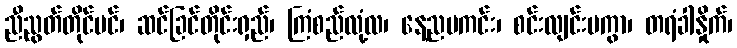
ညီညွတ်တိုင်ပင်၊ ဆင်ခြင်တိုင်းရှည်၊ ကြံစည်လုံ့လ၊ နေ့ညမကင်း၊ စင်းလျင်းမကွာ၊ တရံခါနှိုက်၊